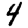
Digit: 4